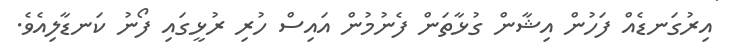
އިރުގަނޑެއް ފަހުން އިޝާން ގުޅާތަން ފެނުމުން އައިސް ހުރި ރުޅީގައި ފޯނު ކަނޑާލިއެވެ.